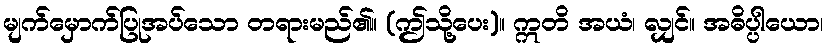
မျက်မှောက်ပြုအပ်သော တရားမည်၏။ (ဤသို့ပေး)။ ဣတိ အယံ၊ လျှင်။ အဓိပ္ပါယော၊